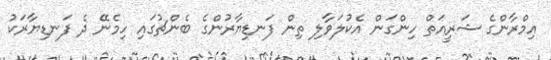
އިމްރާންގެ ޝަރީއަތް ހިންގަން އެކުލަވާލި ތިން ފަނޑިޔާރުންގެ ބެންޗުގައި ހިމެނޭ ދެ ފަނޑިޔާރަކު